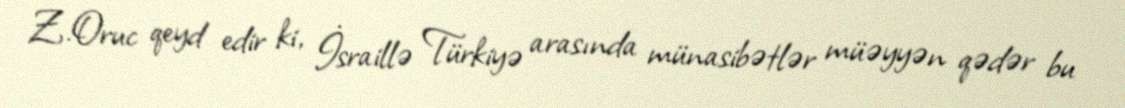
Z.Oruc qeyd edir ki, İsraillə Türkiyə arasında münasibətlər müəyyən qədər bu